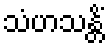
သံဟသန္တိံ